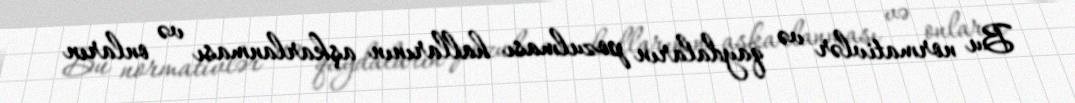
Bu normativlər və qaydaların pozulması hallarının aşkarlanması və onların